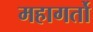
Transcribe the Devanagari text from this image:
महागर्तो